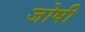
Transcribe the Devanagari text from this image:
जोषी